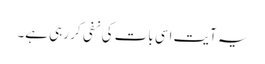
یہ آیت اسی بات کی نفی کر رہی ہے۔